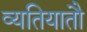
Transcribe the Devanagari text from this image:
व्यतियातौ